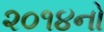
૨૦૧૪નો